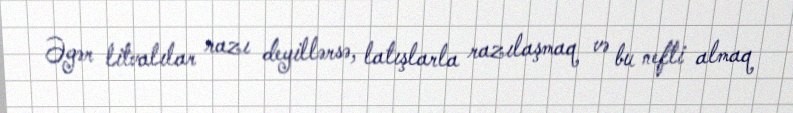
Əgər litvalılar razı deyillərsə, latışlarla razılaşmaq və bu nefti almaq